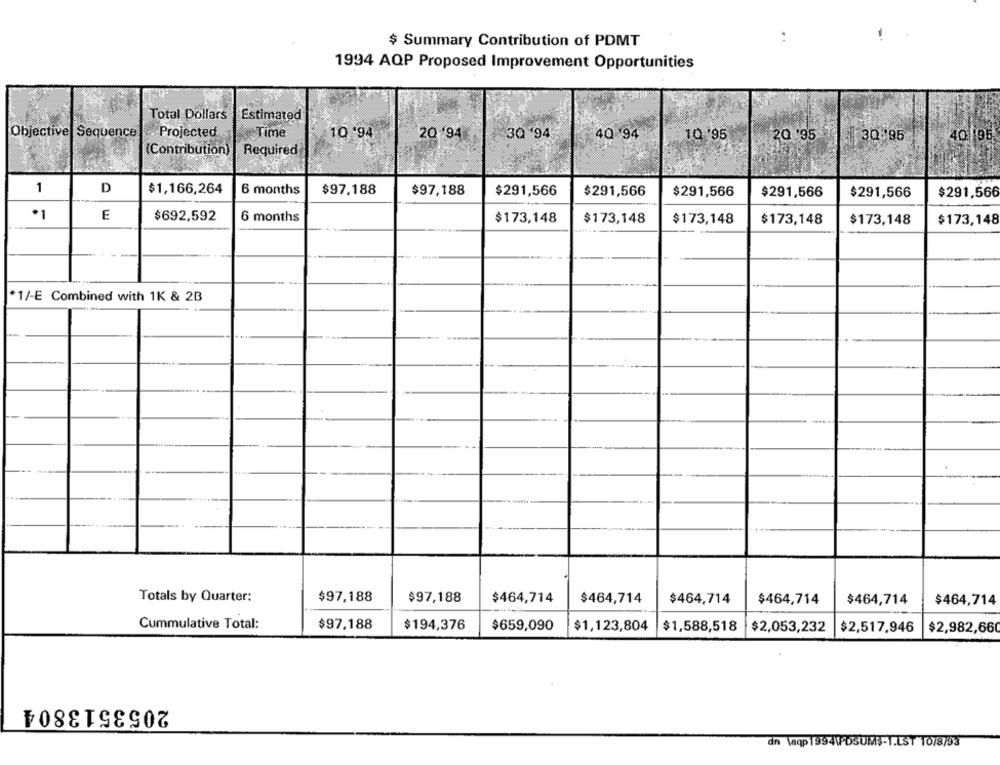
:
$ Summary Contribution of PDMT
1994 AQP Proposed Improvement Opportunities
Total Dollars
Estimated
Objective Sequence
Projected
Time
10 '94
2Q '94
30 '94
4Q '94
1Q '95
20 '95
30 95
40 195
(Contribution)
Required
1
D
$1,166,264
6 months
$97,188
$97,188
$291,566
$291,566
$291,566
$291,566
$291,566
$291,566
*1
E
$692,592
6 months
$173,148
$173,148
$173,148
$173,148
$173,148
$173,148
*1/-E Combined with 1K & 2B
$97,188
Totals by Quarter:
$97,188
$464,714
$464,714
$464,714
$464,714
$464,714
$464,714
Cummulative Total:
$97,188
$194,376
$659,090
$1,123,804
$1,588,518
$2,053,232
$2,517,946
$2,982,660
2053513804
dn \aqp 1994WDSUMS-1.LST 10/8/93